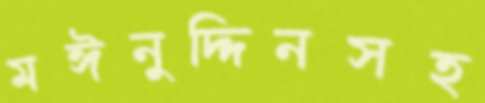
মঈনুদ্দিনসহ